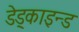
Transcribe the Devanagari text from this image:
डेड्काइन्ड